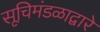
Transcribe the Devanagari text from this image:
सूचिमंडळाद्वारे